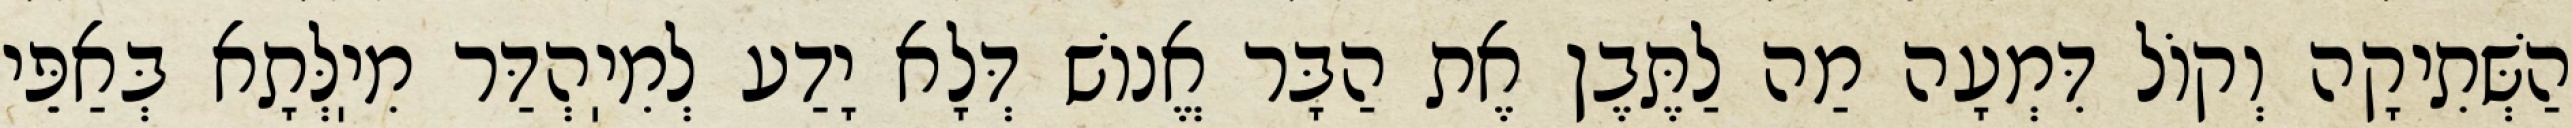
הַשְּׁתִיקָה וְקוֹל דִּמְעָה מַה לַתֶּבֶן אֶת הַבָּר אֱנוֹשׁ דְּלָא יָדַע לְמִיֽהְדַּר מִיֽלְּתָא בְּאַפֵּי